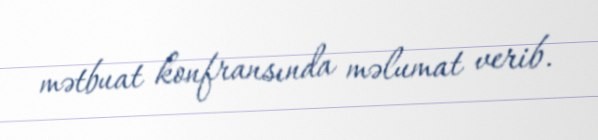
mətbuat konfransında məlumat verib.